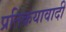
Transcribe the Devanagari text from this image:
प्रतिक्रयावादी